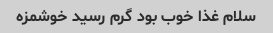
سلام غذا خوب بود گرم رسید خوشمزه